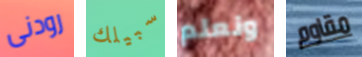
رودنى سبيلك ونعلم مقاوم